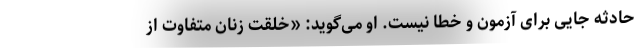
حادثه جایی برای آزمون و خطا نیست. او می‌گوید: «خلقت زنان متفاوت از